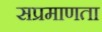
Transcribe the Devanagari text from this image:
सप्रमाणता